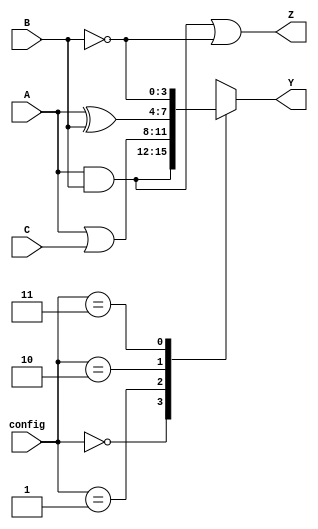
module combinational_logic_block (
    input wire [3:0] A,          // Input A (4 bits)
    input wire [3:0] B,          // Input B (4 bits)
    input wire [3:0] C,          // Input C (4 bits)
    input wire [1:0] config,     // Configuration select for LUT
    output wire [3:0] Y,         // Output Y (4 bits)
    output wire [3:0] Z          // Output Z (4 bits)
);

    // Intermediate signals
    wire [3:0] lut_out;          // LUT output
    wire [3:0] and_out;          // AND gate output
    wire [3:0] or_out;           // OR gate output
    wire [3:0] not_out;          // NOT gate output

    // Combinational logic
    // Example logic functions
    assign and_out = A & B;      // AND operation
    assign or_out = A | C;       // OR operation
    assign not_out = ~B;         // NOT operation

    // LUT based on configuration
    always @(*) begin
        case (config)
            2'b00: lut_out = A & B;          // AND
            2'b01: lut_out = A | C;          // OR
            2'b10: lut_out = A ^ B;          // XOR
            2'b11: lut_out = ~B;             // NOT
            default: lut_out = 4'b0000;      // Default
        endcase
    end

    // Assign outputs
    assign Y = lut_out;              // Output from LUT
    assign Z = and_out | not_out;    // Combine AND and NOT outputs

endmodule